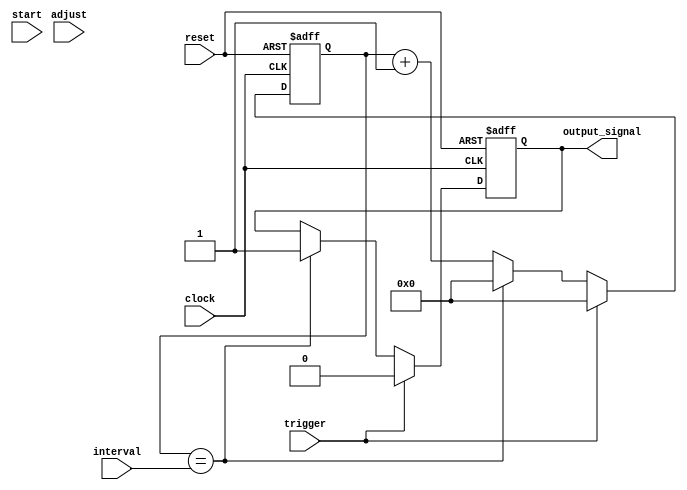
module IntervalTimer (
    input wire clock,
    input wire reset,
    input wire trigger,
    input wire [7:0] interval,
    input wire start,
    input wire adjust,
    output reg output_signal
);

reg [7:0] counter;
reg [7:0] start_counter;
reg [7:0] adjust_counter;

always @(posedge clock or posedge reset) begin
    if (reset) begin
        counter <= 8'h00;
        start_counter <= 8'h00;
        adjust_counter <= 8'h00;
        output_signal <= 1'b0;
    end else begin
        if (trigger) begin
            counter <= 8'h00;
            start_counter <= 8'h00;
            adjust_counter <= 8'h00;
            output_signal <= 1'b0;
        end else begin
            if (counter == interval) begin
                counter <= 8'h00;
                output_signal <= 1'b1;
            end else begin
                counter <= counter + 8'h01;
            end
        end
    end
end

always @(posedge clock) begin
    if (start) begin
        start_counter <= start_counter + 8'h01;
    end
end

always @(posedge clock) begin
    if (adjust) begin
        adjust_counter <= adjust_counter + 8'h01;
    end
end

endmodule